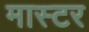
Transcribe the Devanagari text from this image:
मास्टर